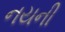
નયની